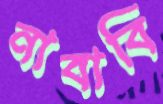
নাবাবি